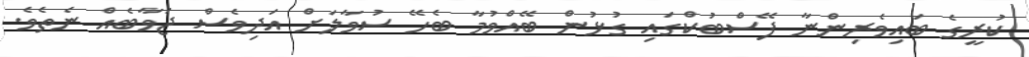
ކުރީގެ ބައިވެރިންނާ ފޭސްބުކްގައި ގުޅުން ބޭއްވުމާ ބެހޭ ސުވާލަށް އަދިވެސް ޖަވާބެއް ނެތެވެ.